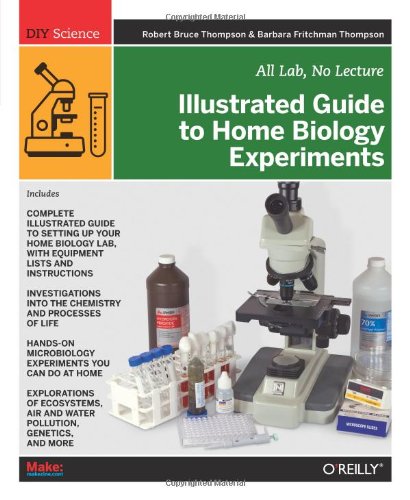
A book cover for Illustrated Guide to Home Biology Experiments: All Lab, No Lecture (DIY Science); Robert Bruce Thompson; Medical Books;